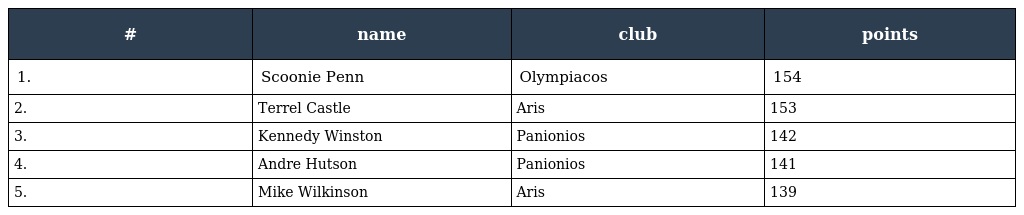
| # | name | club | points |
 | --- | --- | --- | --- |
 | 1. | Scoonie Penn | Olympiacos | 154 |
 | 2. | Terrel Castle | Aris | 153 |
 | 3. | Kennedy Winston | Panionios | 142 |
 | 4. | Andre Hutson | Panionios | 141 |
 | 5. | Mike Wilkinson | Aris | 139 |